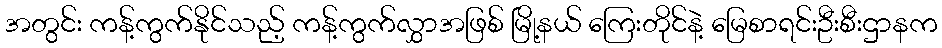
အတွင်း ကန့်ကွက်နိုင်သည့် ကန့်ကွက်လွှာအဖြစ် မြို့နယ် ကြေးတိုင်နဲ့ မြေစာရင်းဦးစီးဌာနက